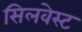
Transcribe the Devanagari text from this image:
सिलवेस्ट